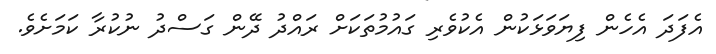
އެފަދަ އެހެން ފިޔަވަޅަކުން އެކުވެރި ގައުމުތަކަށް ރައްދު ދޭން ގަސްދު ނުކުރާ ކަމަށެވެ.